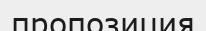
пропозиция